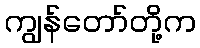
ကျွန်တော်တို့က